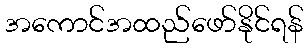
အကောင်အထည်ဖော်နိုင်ရန်